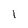
Character: 1